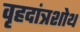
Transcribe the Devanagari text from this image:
वृहदांत्रशोथ